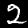
Label: 2